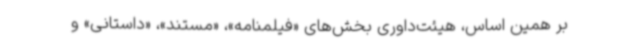
بر همین اساس، هیئت‌داوری بخش‌های «فیلمنامه»، «مستند»، «داستانی» و